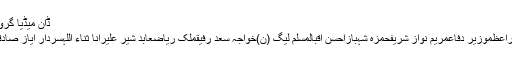
ڈان میڈیا گروپ کی بھارت نوازی کھل کر سامنے آنے لگی
الیکشناسمبلیلاہورمیاں نواز شریفقومی اسمبلیوزیراعظموزیر دفاعمریم نواز شریفحمزہ شہبازاحسن اقبالمسلم لیگ (ن)خواجہ سعد رفیقملک ریاضعابد شیر علیرانا ثناء اللہسردار ایاز صادقبلال یاسینخواجہ آصفریاضعام انتخابات 2018